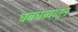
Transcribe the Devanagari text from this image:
धबधब्यातुन